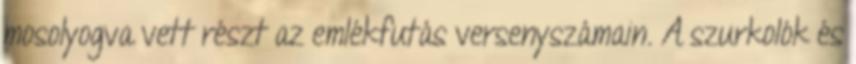
mosolyogva vett részt az emlékfutás versenyszámain. A szurkolók és